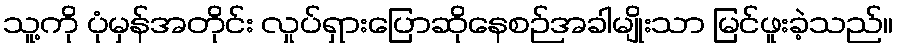
သူ့ကို ပုံမှန်အတိုင်း လှုပ်ရှားပြောဆိုနေစဉ်အခါမျိုးသာ မြင်ဖူးခဲ့သည်။